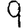
Digit: 9